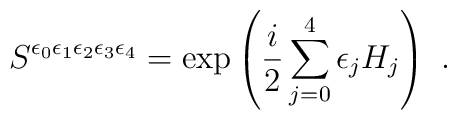
S^{\epsilon_0 \epsilon_1 \epsilon_2 \epsilon_3 \epsilon_4}  = \exp \left(  \frac{i}{2} \sum_{j=0}^{4} \epsilon_j H_j \right) ~.